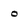
Character: o